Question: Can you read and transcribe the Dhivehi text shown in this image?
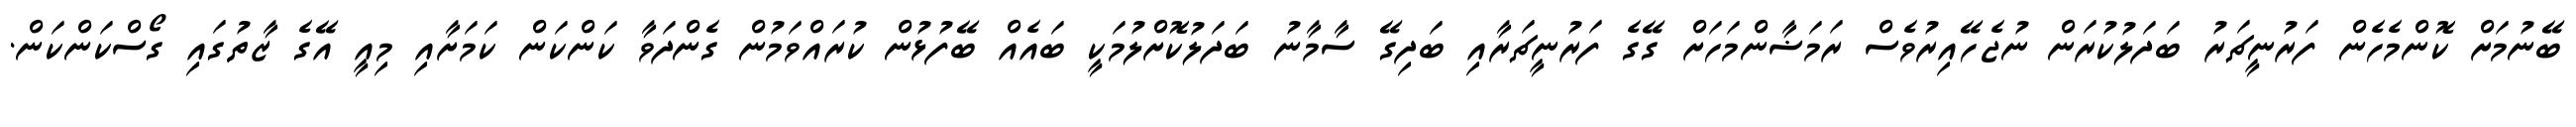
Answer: ބޭނުމަށް ކޮންމެހެން ފަރުނީޗަރު ބަދަލުކުރަން ނުޖެހޭއިރުވެސް ރަމަޟާންމަހަށް ގޭގެ ފަރުނީޗަރާއި ބަދިގޭ ސާމާނު ބަދަލުކޮށްލުމަކީ ބައެއް ބޭފުޅުން ކުރައްވަމުން ގެންދަވާ ކަންކަން ކަމަށާއި މިއީ އޭގެ ޒާތުގައި ގޯސްކަންކަން.